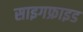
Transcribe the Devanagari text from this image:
साइगफ्राइड